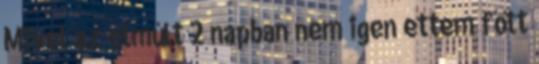
Mivel az elmúlt 2 napban nem igen ettem főtt